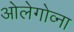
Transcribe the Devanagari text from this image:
ओलेगोव्ना